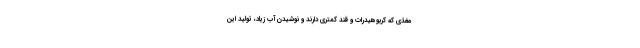
مغذی که کربوهیدرات و قند کمتری دارند و نوشیدن آب زیاد، تولید این